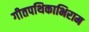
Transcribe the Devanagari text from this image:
गीतपथिकाभिराम